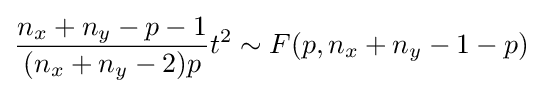
{\frac {n_{x}+n_{y}-p-1}{(n_{x}+n_{y}-2)p}}t^{2}\sim F(p,n_{x}+n_{y}-1-p)